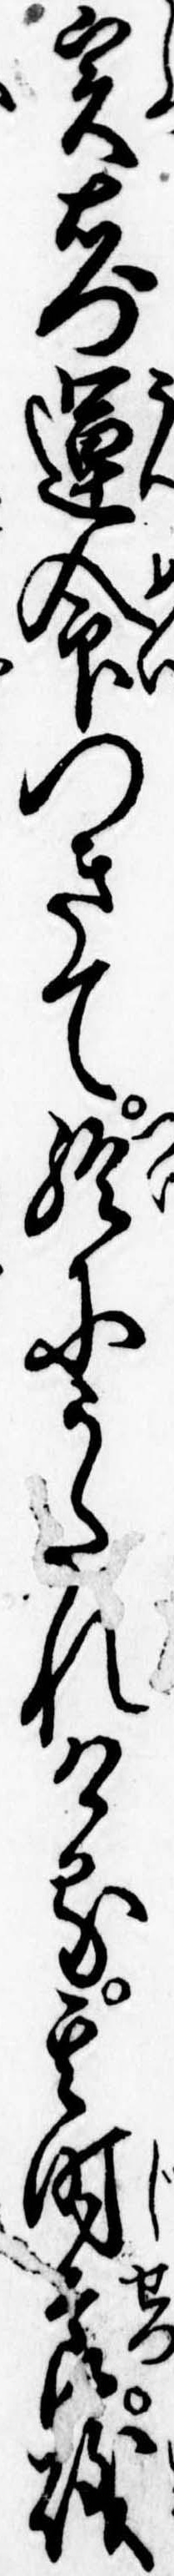
実右門運命つきて終にうたれける其時節磯